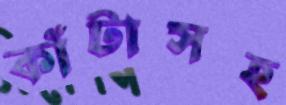
কাঁটাসহ